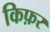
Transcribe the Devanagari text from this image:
किफ़र